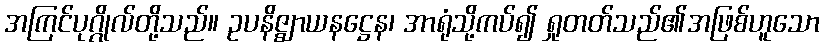
အကြင်ပုဂ္ဂိုလ်တို့သည်။ ဥပနိဇ္ဈာယနဋ္ဌေန၊ အာရုံသို့ကပ်၍ ရှုတတ်သည်၏အဖြစ်ဟူသော